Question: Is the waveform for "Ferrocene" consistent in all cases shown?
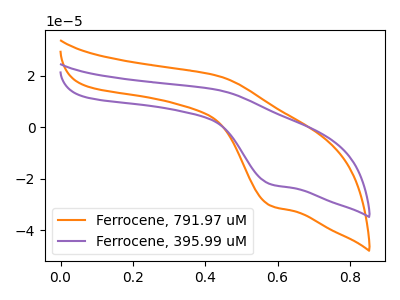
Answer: <think>The orange curve "Ferrocene, 791.97 uM" has an anodic peak at (0.45V, 20.00uA) and a cathodic peak at (0.60V, -30.45uA). The purple curve "Ferrocene, 395.99 uM" has an anodic peak at (0.45V, 14.50uA) and a cathodic peak at (0.60V, -22.10uA).
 All the peaks in "Ferrocene, 791.97 uM" have a peak in "Ferrocene, 395.99 uM" at the same potential. Every peak in "Ferrocene, 791.97 uM" is higher than every peak in "Ferrocene, 395.99 uM".</think>
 <answer>All the CV's of "Ferrocene" have similar shape.</answer>
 <eval>follow_rule</eval>